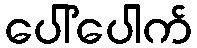
ပေါ်ပေါက်